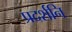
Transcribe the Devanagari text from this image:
प्रदर्शनि